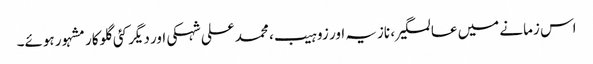
اس زمانے میں عالمگیر، نازیہ اور زوہیب، محمد علی شہکی اور دیگر کئی گلوکار مشہور ہوئے۔